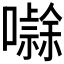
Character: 𭋻